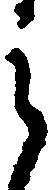
之